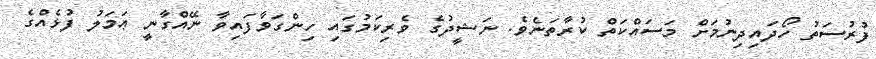
ފުރުސަތު ހޯދައިދިނުމަށް މަސައްކަތް ކުރާތަނެވެ. ނަޝީދުގެ ވެރިކަމުގައި ހިންގަވާފައިވާ ނޭއްގާނީ ޢަމަލު ފުޅެއްގެ